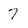
Character: 7